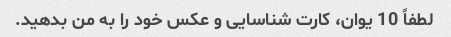
لطفاً 10 یوان، کارت شناسایی و عکس خود را به من بدهید.